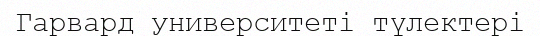
Гарвард университеті түлектері